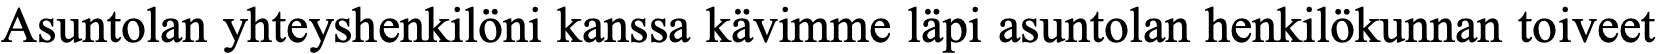
Asuntolan yhteyshenkilöni kanssa kävimme läpi asuntolan henkilökunnan toiveet